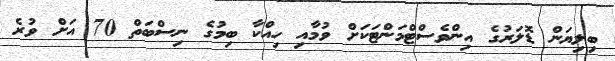
ބިލިޔަން ޑޮލަރުގެ އިންވެސްޓްމަންޓަކަށް ވުމާއި ހިއްކާ ބިމުގެ ނިސްބަތް 70 އަށް ވުރެ